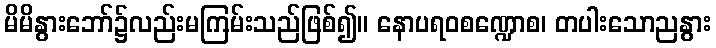
မိမိနွားဘော်၌လည်းမကြမ်းသည်ဖြစ်၍။ နောပရဝစဏ္ဍောစ၊ တပါးသောညနွား